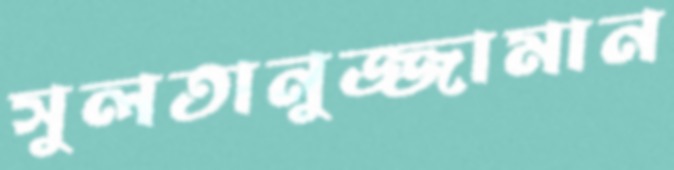
সুলতানুজ্জামান